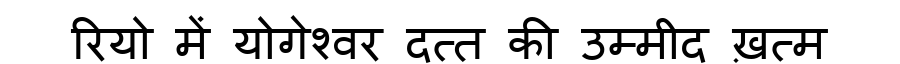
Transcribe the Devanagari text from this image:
रियो में योगेश्वर दत्त की उम्मीद ख़त्म